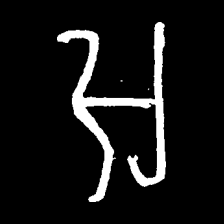
Pyu character \u2014 Myanmar letter: အ (romanized: a)